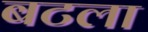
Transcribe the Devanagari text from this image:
बटला